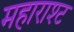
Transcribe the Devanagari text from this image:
महाराश्ट